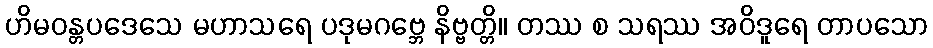
ဟိမဝန္တပဒေသေ မဟာသရေ ပဒုမဂဗ္ဘေ နိဗ္ဗတ္တိ။ တဿ စ သရဿ အဝိဒူရေ တာပသော